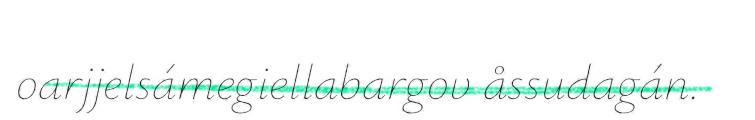
oarjjelsámegiellabargov åssudagán.